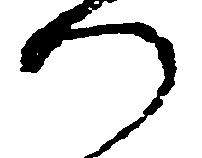
つ